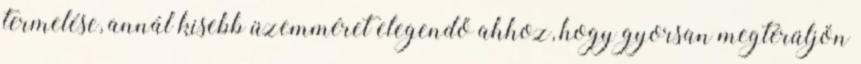
termelése, annál kisebb üzemméret elegendő ahhoz, hogy gyorsan megtérüljön